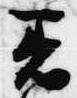
着